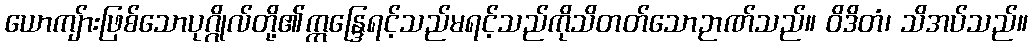
ယောကျ်ားဖြစ်သောပုဂ္ဂိုလ်တို့၏ဣန္ဒြေရင့်သည်မရင့်သည်ကိုသိတတ်သောဉာဏ်သည်။ ဝိဒိတံ၊ သိအပ်သည်။